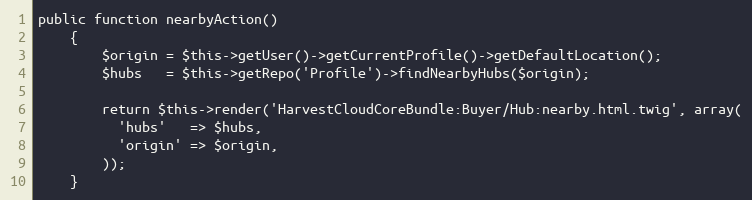
Language: PHP
public function nearbyAction()
    {
        $origin = $this->getUser()->getCurrentProfile()->getDefaultLocation();
        $hubs   = $this->getRepo('Profile')->findNearbyHubs($origin);

        return $this->render('HarvestCloudCoreBundle:Buyer/Hub:nearby.html.twig', array(
          'hubs'   => $hubs,
          'origin' => $origin,
        ));
    }